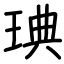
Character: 琠